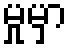
မှုမှာ